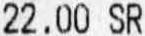
22.00 SR